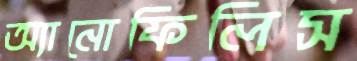
অ্যানোফিলিস